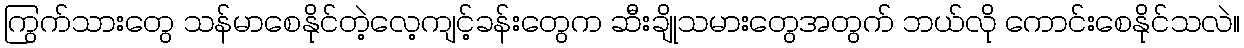
ကြွက်သားတွေ သန်မာစေနိုင်တဲ့လေ့ကျင့်ခန်းတွေက ဆီးချိုသမားတွေအတွက် ဘယ်လို ကောင်းစေနိုင်သလဲ။